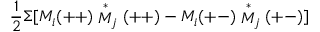
\frac { 1 } { 2 } \Sigma [ M _ { i } ( + + ) \stackrel { \ast } { M } _ { j } ( + + ) - M _ { i } ( + - ) \stackrel { \ast } { M } _ { j } ( + - ) ]